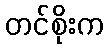
တင်စိုးက